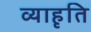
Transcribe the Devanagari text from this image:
व्याहृति